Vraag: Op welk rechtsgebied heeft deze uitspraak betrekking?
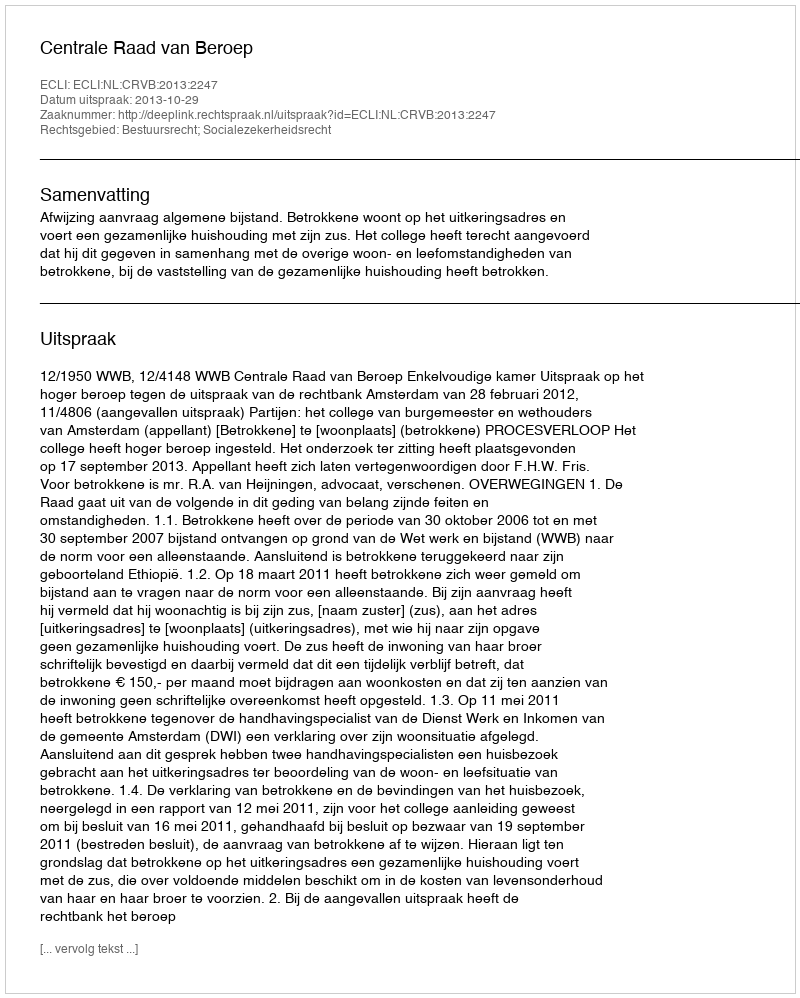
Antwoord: Bestuursrecht; Socialezekerheidsrecht